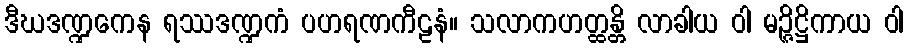
ဒီဃဒဏ္ဍကေန ရဿဒဏ္ဍကံ ပဟရဏကီဠနံ။ သလာကဟတ္ထန္တိ လာခါယ ဝါ မဉ္ဇိဋ္ဌိကာယ ဝါ